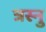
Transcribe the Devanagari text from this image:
त्रस्नु